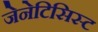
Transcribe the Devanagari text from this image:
जेनेटिसिस्ट